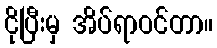
ငိုပြီးမှ အိပ်ရာဝင်တာ။